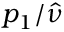
p _ { 1 } / \hat { \nu }